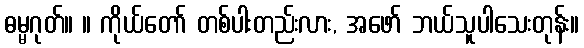
ဓမ္မဂုတ်။ ။ ကိုယ်တော် တစ်ပါးတည်းလား, အဖော် ဘယ်သူပါသေးတုန်း။